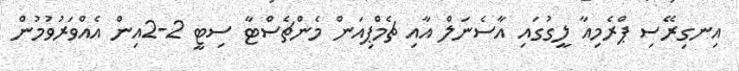
އިނގިރޭސި ޕްރެމިއާ ލީގުގަައި އާސެނަލް އާއި ޗެމްޕިއަން މެންޗެސްޓާ ސިޓީ 2-2އިން އެއްވަރުވުމުން